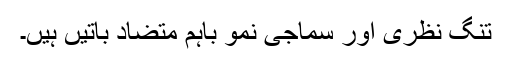
تنگ نظری اور سماجی نمو باہم متضاد باتیں ہیں۔